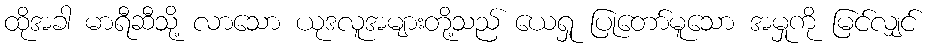
ထိုအခါ မာရီဆီသို့ လာသော ယုဒလူအများတို့သည် ယေရှု ပြုတော်မူသော အမှုကို မြင်လျှင်